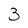
Character: 3